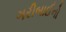
ગરીબાઈનો